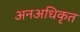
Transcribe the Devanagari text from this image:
अनअधिकृत